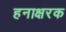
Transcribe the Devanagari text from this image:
हनाक्षरक